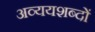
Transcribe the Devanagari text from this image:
अव्ययशब्दों